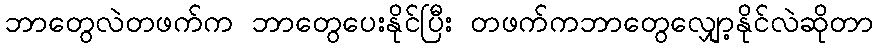
ဘာတွေလဲတဖက်က ဘာတွေပေးနိုင်ပြီး တဖက်ကဘာတွေလျှော့နိုင်လဲဆိုတာ